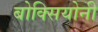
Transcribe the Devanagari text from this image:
बोक्सियोनी